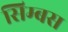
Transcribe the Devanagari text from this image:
सिम्बस